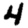
Digit: 4